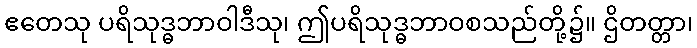
ဧတေသု ပရိသုဒ္ဓဘာဝါဒီသု၊ ဤပရိသုဒ္ဓဘာဝစသည်တို့၌။ ဌိတတ္တာ၊